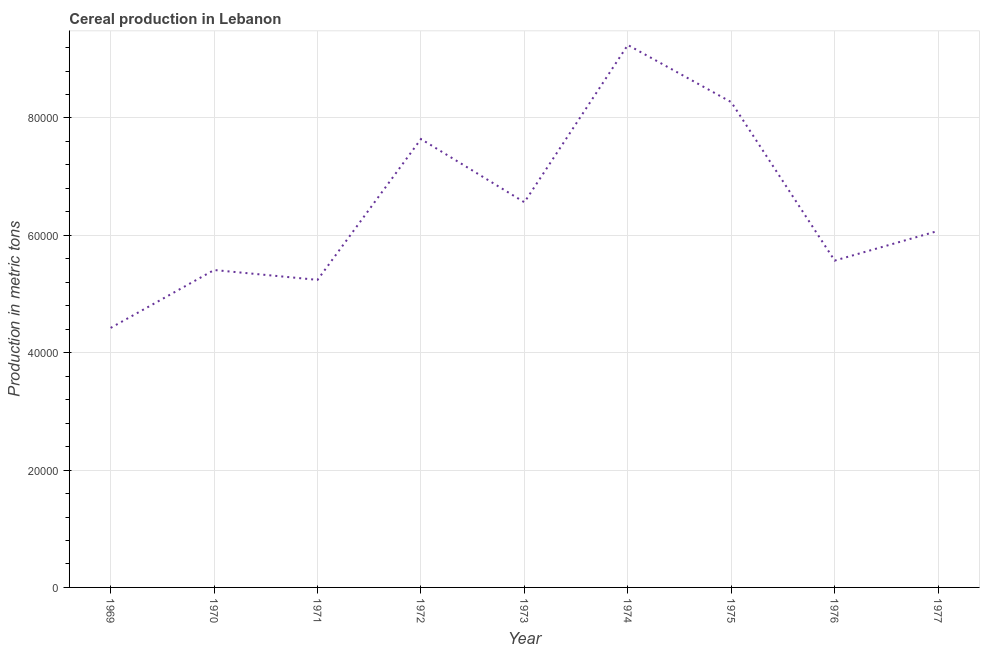
| Year | Cereal production |
 | --- | --- |
 | 1969 | 4.42e+04 |
 | 1970 | 5.41e+04 |
 | 1971 | 5.24e+04 |
 | 1972 | 7.64e+04 |
 | 1973 | 6.56e+04 |
 | 1974 | 9.24e+04 |
 | 1975 | 8.27e+04 |
 | 1976 | 5.57e+04 |
 | 1977 | 6.08e+04 |